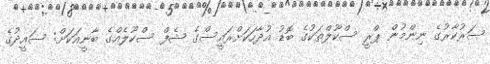
ސަރުކާރުގެ ނިންމުން ޕްރީ ސްކޫލްތަކުގެ ބޮޑު އުދާހަކަށްރައީސްގެ ޝެފް ސްކޫލެއްގެ ބާނީއަކަށް: ސައީދުގެ